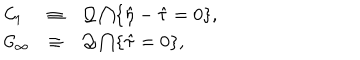
LaTeX: \begin{array} { l c l } { { { \cal C } _ { 1 } } } & { { \equiv } } & { { { \cal Q } \bigcap \{ \hat { \eta } - \hat { \tau } = 0 \} , } } \\ { { { \cal C } _ { \infty } } } & { { \equiv } } & { { { \cal Q } \bigcap \{ \hat { \tau } = 0 \} , } } \\ \end{array}